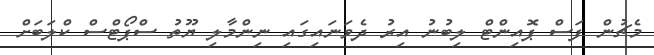
މެޗުން ފަސް ޕޮއިންޓް ލިބުނު އިރު ދެވަނައިގައި ނިންމާލި ޔޫތު ސްޕޯޓްސް ކްލަބަށް